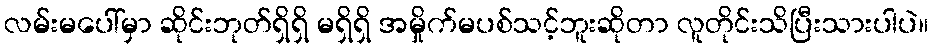
လမ်းမပေါ်မှာ ဆိုင်းဘုတ်ရှိရှိ မရှိရှိ အမှိုက်မပစ်သင့်ဘူးဆိုတာ လူတိုင်းသိပြီးသားပါပဲ။